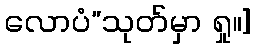
လောပံ”သုတ်မှာ ရှု။]